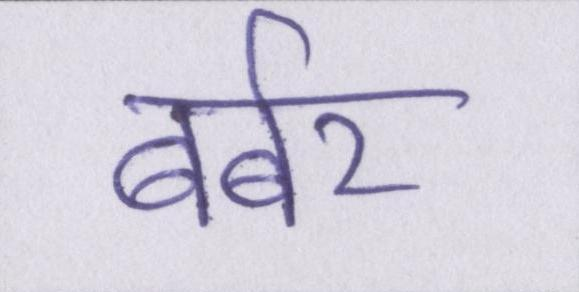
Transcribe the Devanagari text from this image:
बर्बर